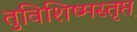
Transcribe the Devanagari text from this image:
तुविशिष्मस्तृप्त्